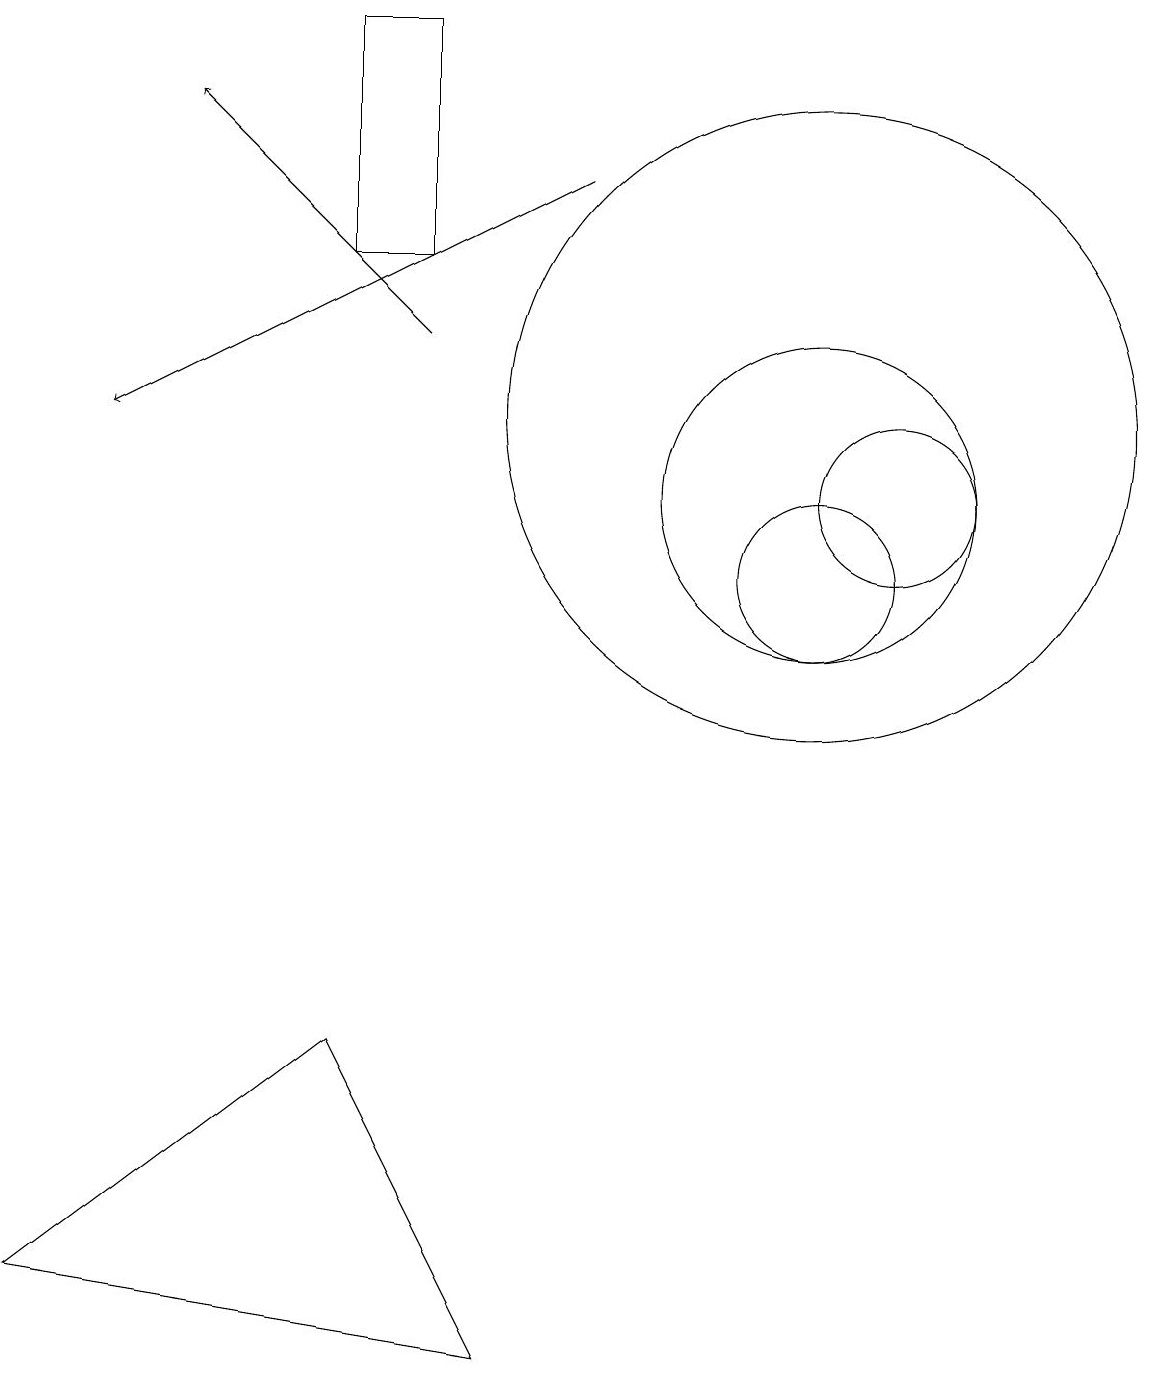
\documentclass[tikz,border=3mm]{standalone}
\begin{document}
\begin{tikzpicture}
\draw (10,12) circle (4);
\draw (10,10) circle (1);
\draw (4,4) -- (6,0) -- (0,1) -- cycle;
\draw (10,11) circle (2);
\draw[->] (5,13) -- (2,16);
\draw (11,11) circle (1);
\draw[->] (7,15) -- (1,12);
\draw (4,17) rectangle (5,14);
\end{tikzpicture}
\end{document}